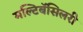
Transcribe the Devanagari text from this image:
मल्टिबॅसिलरी